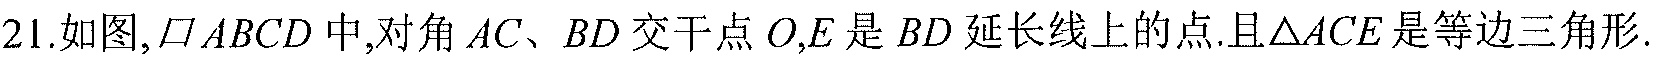
21.如图, \(\square ABCD\)中,对角\(AC\)、\(BD\)交于点\(O\),\(E\)是\(BD\)延长线上的点.且\(\triangle ACE\)是等边三角形.